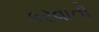
કરવાતો